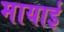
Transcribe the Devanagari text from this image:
मायाई